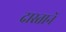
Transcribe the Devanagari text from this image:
दास्तानें